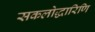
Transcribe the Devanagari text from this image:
सकलोद्धारिणि